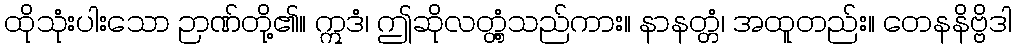
ထိုသုံးပါးသော ဉာဏ်တို့၏။ ဣဒံ၊ ဤဆိုလတ္တံ့သည်ကား။ နာနတ္တံ၊ အထူတည်း။ တေနနိဗ္ဗိဒါ